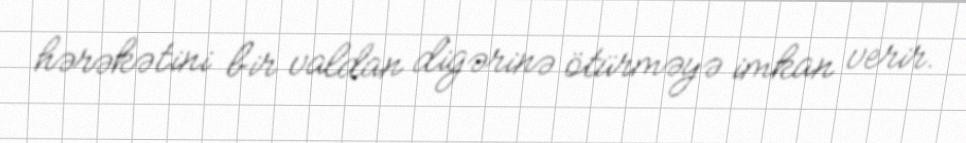
hərəkətini bir valdan digərinə ötürməyə imkan verir.